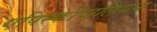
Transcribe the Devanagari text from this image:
एपिस्कोपालियन